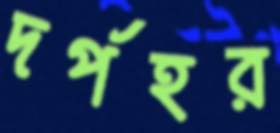
দর্পহর